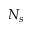
N _ { s }